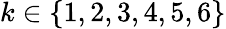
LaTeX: k\in\{ 1,2,3,4,5,6\}